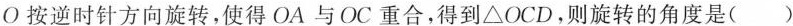
O按逆时针方向旋转，使得OA与OC重合，得到△OCD，则旋转的角度是( )